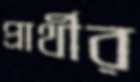
প্রার্থীর